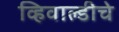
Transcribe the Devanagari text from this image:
व्हिवाल्डीचे